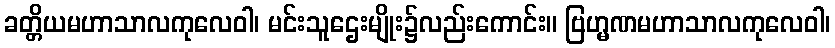
ခတ္တိယမဟာသာလကုလေဝါ၊ မင်းသူဌေးမျိုး၌လည်းကောင်း။ ဗြဟ္မဏမဟာသာလကုလေဝါ၊